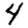
Digit: 4